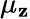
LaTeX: \mu_{\mathbf{z}}